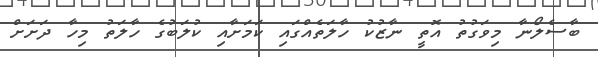
ބާސެލޯނާ މިވަގުތު އޮތީ ނާޒުކު ހާލަތެއްގައި ކަމަށާއި ކުލަބުގެ ހާލަތު މިހާ ދަށަށް